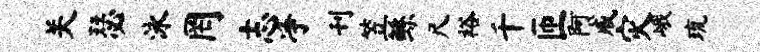
关瑟泳罔志净刊笠鲧尺裕千匝阿戚灾峨琉